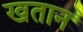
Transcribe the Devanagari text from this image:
खतान